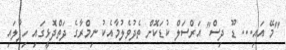
"މޭ އައި... ޑޫ ދިސް" އަރްސަލް ކުޑަކޮށް ތެދުވެލުމާއެކު ނިމްރާގެ ދަތްދޮޅީގައި ހިފާލައި